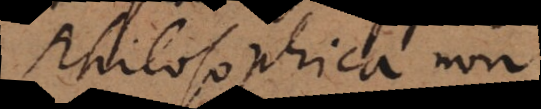
Philosophica non